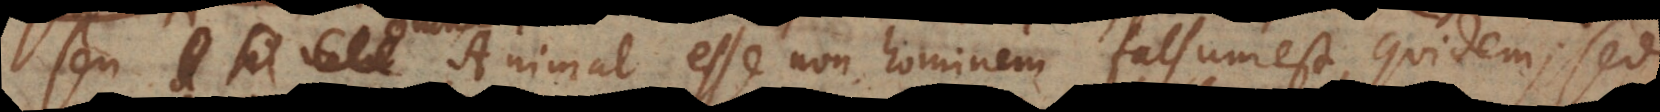
seu animal esse non hominem falsum est, quidem; sed